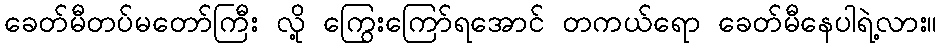
ခေတ်မီတပ်မတော်ကြီး လို့ ကြွေးကြော်ရအောင် တကယ်ရော ခေတ်မီနေပါရဲ့လား။